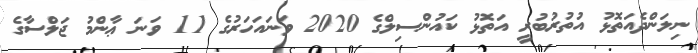
ނިލަންދެއަތޮޅު އުތުރުބުރީ އަތޮޅު ކައުންސިލްގެ 2020 ވަނައަހަރުގެ 11 ވަނަ ޢާންމު ޖަލްސާގެ